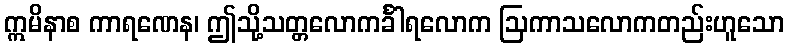
ဣမိနာစ ကာရဏေန၊ ဤသို့သတ္တလောကင်္ခါရလောက ဩကာသလောကတည်းဟူသော